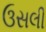
ઉસલી